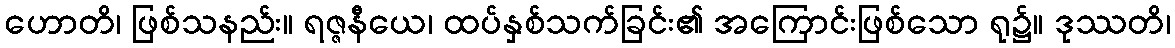
ဟောတိ၊ ဖြစ်သနည်း။ ရဇ္ဇနီယေ၊ ထပ်နှစ်သက်ခြင်း၏ အကြောင်းဖြစ်သော ရု၌။ ဒုဿတိ၊